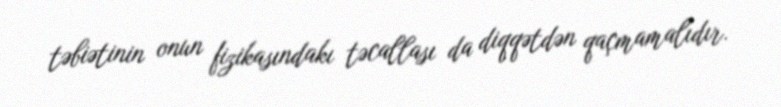
təbiətinin onun fizikasındakı təcallası da diqqətdən qaçmamalıdır.